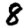
Digit: 8